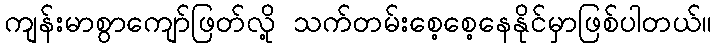
ကျန်းမာစွာကျော်ဖြတ်လို့ သက်တမ်းစေ့စေ့နေနိုင်မှာဖြစ်ပါတယ်။